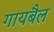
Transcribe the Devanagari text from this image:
गायबैल